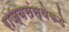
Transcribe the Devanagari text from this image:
राज्यसंस्थेकडे